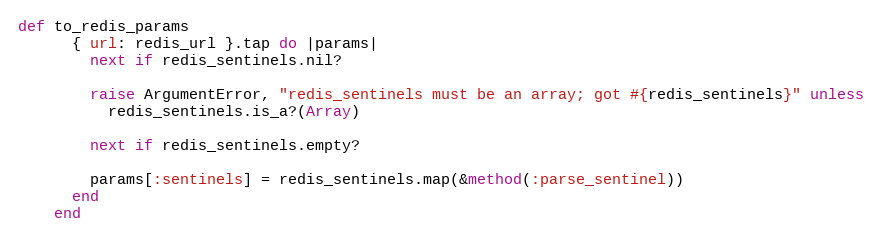
Language: Ruby
def to_redis_params
      { url: redis_url }.tap do |params|
        next if redis_sentinels.nil?

        raise ArgumentError, "redis_sentinels must be an array; got #{redis_sentinels}" unless
          redis_sentinels.is_a?(Array)

        next if redis_sentinels.empty?

        params[:sentinels] = redis_sentinels.map(&method(:parse_sentinel))
      end
    end